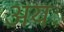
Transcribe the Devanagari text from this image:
अयः